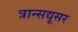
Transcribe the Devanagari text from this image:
त्रान्सद्यूसर